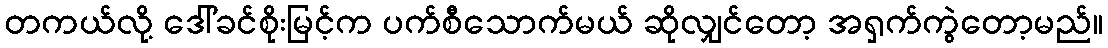
တကယ်လို့ ဒေါ်ခင်စိုးမြင့်က ပက်စီသောက်မယ် ဆိုလျှင်တော့ အရှက်ကွဲတော့မည်။